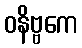
ဝနိဗ္ဗကေ